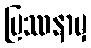
ပြဿနာမှ